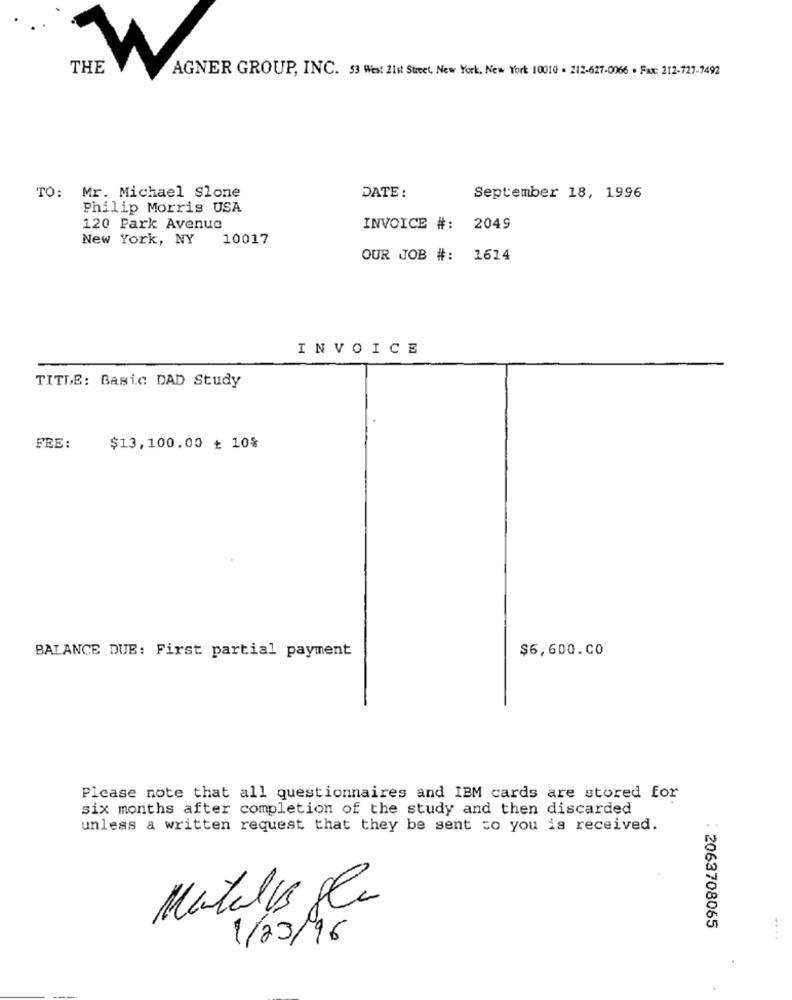
THE
W
AGNER GROUP, INC. 53 West 21st Street, New York, New York 10010 - 212-627-0066 . Fax: 212-727-7492
TO: Mr. Michael Slone
DATE:
September 18, 1996
Philip Morris USA
120 Park Avenue
INVOICE #: 2049
New York, NY
10017
OUR JOB #: 1614
INVOICE
TITLE: Basic DAD Study
FEE:
$13,100.00 ₺ 10%
BALANCE DUE: First partial payment
$6,600.00
Please note that all questionnaires and IBM cards are stored for
six months after completion of the study and then discarded
unless a written request that they be sent to you is received.
Matelys glu
: 2063708065
...
1/23/16